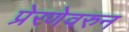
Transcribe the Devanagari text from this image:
प्रेरणेवरुन